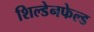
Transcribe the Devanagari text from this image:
शिल्डेनफेल्ड